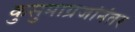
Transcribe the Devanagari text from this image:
कुसुमाग्रजांनंतर